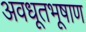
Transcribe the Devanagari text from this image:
अवधूतभूषाण